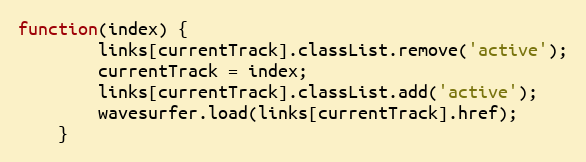
Language: JavaScript
function(index) {
        links[currentTrack].classList.remove('active');
        currentTrack = index;
        links[currentTrack].classList.add('active');
        wavesurfer.load(links[currentTrack].href);
    }